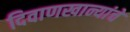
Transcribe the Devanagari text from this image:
दिवाणखान्यांचे